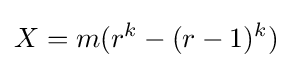
X=m(r^{k}-(r-1)^{k})